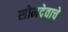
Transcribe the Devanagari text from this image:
सोमदेवाचे